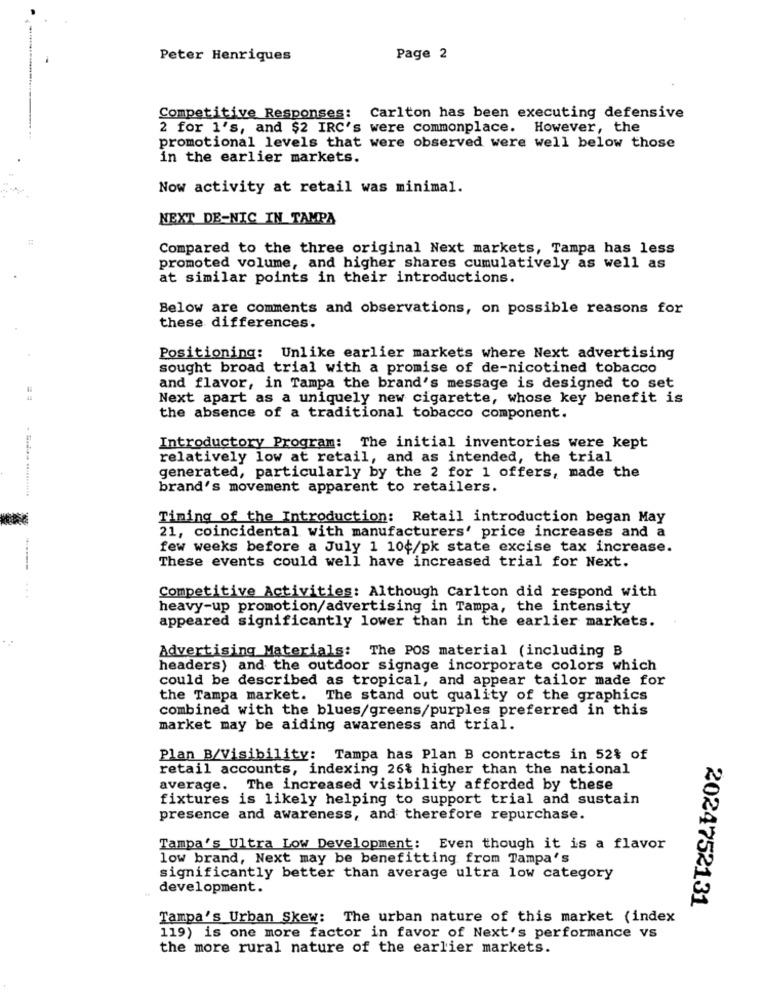
Peter Henriques
Page 2
Competitive Responses: Carlton has been executing defensive
2 for 1's, and $2 IRC's were commonplace. However, the
promotional levels that were observed were well below those
in the earlier markets.
Now activity at retail was minimal.
NEXT DE-NIC IN TAMPA
Compared to the three original Next markets, Tampa has less
promoted volume, and higher shares cumulatively as well as
at similar points in their introductions.
Below are comments and observations, on possible reasons for
these differences.
Positioning: Unlike earlier markets where Next advertising
sought broad trial with a promise of de-nicotined tobacco
and flavor, in Tampa the brand's message is designed to set
Next apart as a uniquely new cigarette, whose key benefit is
the absence of a traditional tobacco component.
Introductory Program: The initial inventories were kept
relatively low at retail, and as intended, the trial
generated, particularly by the 2 for 1 offers, made the
brand's movement apparent to retailers.
Timing of the Introduction: Retail introduction began May
21, coincidental with manufacturers' price increases and a
few weeks before a July 1 10¢/pk state excise tax increase.
These events could well have increased trial for Next.
Competitive Activities: Although Carlton did respond with
heavy-up promotion/advertising in Tampa, the intensity
appeared significantly lower than in the earlier markets.
Advertising Materials: The POS material (including B
headers) and the outdoor signage incorporate colors which
could be described as tropical, and appear tailor made for
the Tampa market. The stand out quality of the graphics
combined with the blues/greens/purples preferred in this
market may be aiding awareness and trial.
Plan B/Visibility: Tampa has Plan B contracts in 52% of
retail accounts, indexing 26% higher than the national
average. The increased visibility afforded by these
fixtures is likely helping to support trial and sustain
presence and awareness, and therefore repurchase.
Tampa's Ultra Low Development: Even though it is a flavor
low brand, Next may be benefitting from Tampa's
significantly better than average ultra low category
development.
2024752131
Tampa's Urban Skew: The urban nature of this market (index
119) is one more factor in favor of Next's performance vs
the more rural nature of the earlier markets.